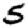
Digit: 5